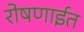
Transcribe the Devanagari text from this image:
रोषणाईत